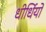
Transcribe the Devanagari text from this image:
धीर्धियो